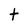
Character: t